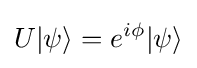
U|\psi \rangle =e^{i\phi }|\psi \rangle